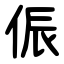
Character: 侲